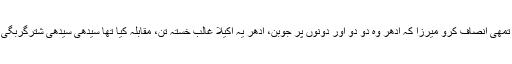
مگر تمھی انصاف کرو میرزا کہ اُدھر وہ دو دو اور دونوں پر جوبن، اِدھر یہ اکیلا غالبِ خستہ تن، مقابلہ کیا تھا سیدھی سیدھی شُترگربگی تھی۔